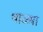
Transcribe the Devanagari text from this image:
थाळ्या